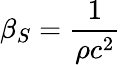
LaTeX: \beta_{S}={\frac{1}{\rho c^{2}}}